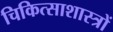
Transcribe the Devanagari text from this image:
चिकित्साशास्त्रों